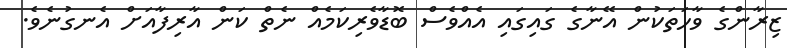
ޒިރާންގެ ވާހަތަކުން އޭނާގެ ގައިގައި އެއްވެސް ބޮޑާވެރިކަމެއް ނެތް ކަން އާރިފާއަށް އެނގުނެވެ.